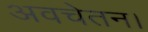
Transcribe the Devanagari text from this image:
अवचेतन।